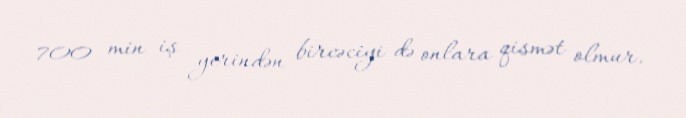
700 min iş yerindən bircəciyi də onlara qismət olmur.